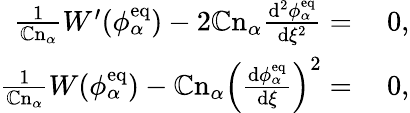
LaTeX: \begin{array}{rl}{\frac{1}{\mathbb{C}\mathrm{n}_{\alpha}}W^{\prime}(\phi_{\alpha}^{\mathrm{eq}})-2\mathbb{C}\mathrm{n}_{\alpha}\frac{\mathrm{d}^{2}\phi_{\alpha}^{\mathrm{eq}}}{\mathrm{d}\xi^{2}}=}&{{}~0,}\\ {\frac{1}{\mathbb{C}\mathrm{n}_{\alpha}}W(\phi_{\alpha}^{\mathrm{eq}})-\mathbb{C}\mathrm{n}_{\alpha}\left(\frac{\mathrm{d}\phi_{\alpha}^{\mathrm{eq}}}{\mathrm{d}\xi}\right)^{2}=}&{{}~0,}\end{array}